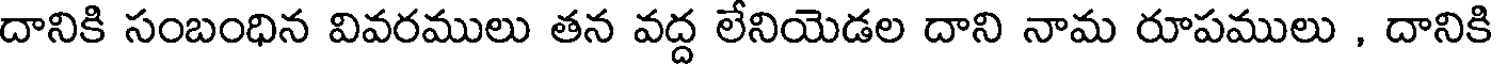
దానికి సంబంధిన వివరములు తన వద్ద లేనియెడల దాని నామ రూపములు , దానికి